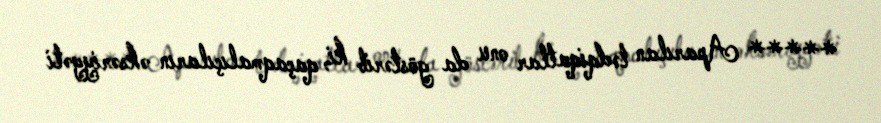
***** Aparılan tədqiqatlar onu da göstərib ki, qaçaqmalıçıların əksəriyyəti